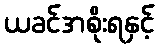
ယခင်အစိုးရနှင့်